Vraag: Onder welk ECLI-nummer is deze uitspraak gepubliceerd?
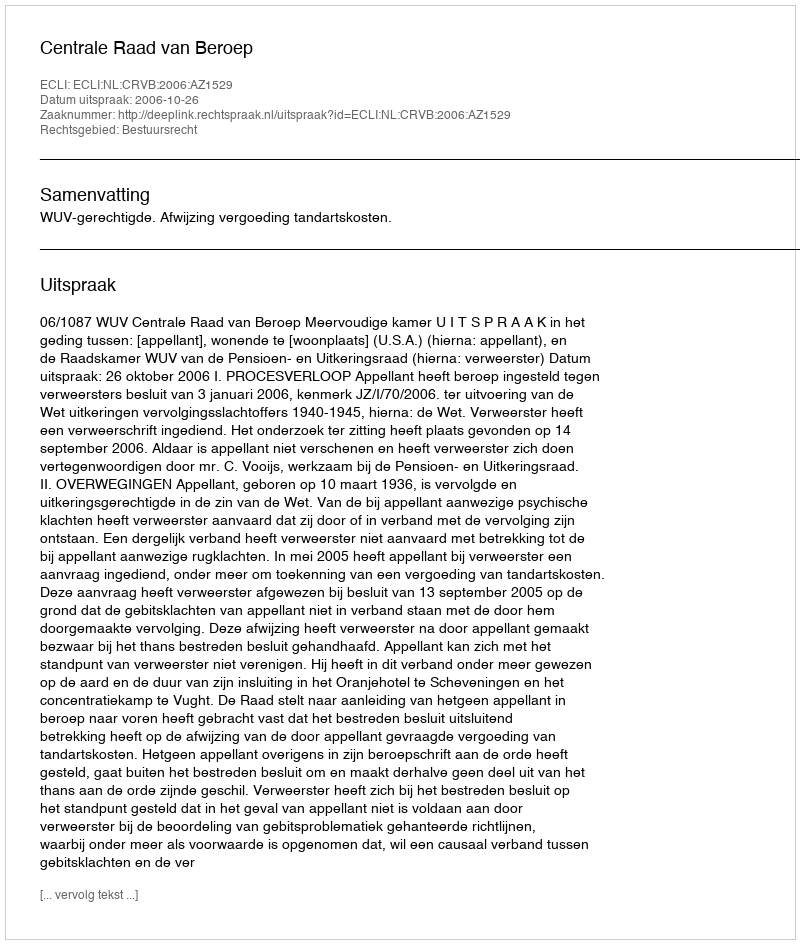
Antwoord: ECLI:NL:CRVB:2006:AZ1529